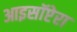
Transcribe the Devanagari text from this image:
आइसॉप्टेरा